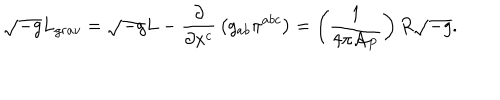
\sqrt { - g } L _ { g r a v } = \sqrt { - g } L - { \frac { \partial } { \partial x ^ { c } } } \left( g _ { a b } \pi ^ { a b c } \right) = \left( { \frac { 1 } { 4 \pi { \cal A } _ { P } } } \right) R \sqrt { - g } .